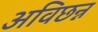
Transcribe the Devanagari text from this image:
अविछन्न